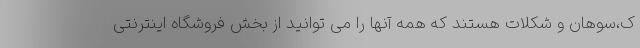
ک،سوهان و شکلات هستند که همه آنها را می توانید از بخش فروشگاه اینترنتی